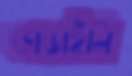
ভাঙাইলি